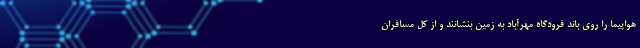
هواپیما را روی باند فرودگاه مهرآباد به زمین بنشانند و از کل مسافران